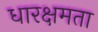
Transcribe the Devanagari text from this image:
धारक्षमता